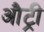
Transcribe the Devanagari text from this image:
औट्री